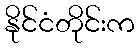
နိုင်ငံတိုင်းက